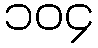
၁၀၄